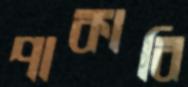
পাকাবি